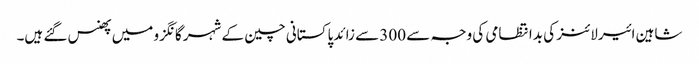
شاہین ائیرلائنز کی بدانتظامی کی وجہ سے 300 سے زائد پاکستانی چین کے شہر گانگزو میں پھنس گئے ہیں۔